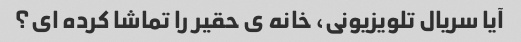
آیا سریال تلویزیونی، خانه ی حقیر را تماشا کرده ای؟